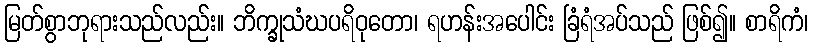
မြတ်စွာဘုရားသည်လည်း။ ဘိက္ခုသံဃပရိဝုတော၊ ရဟန်းအပေါင်း ခြံရံအပ်သည် ဖြစ်၍။ စာရိကံ၊